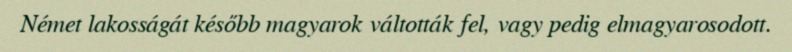
Német lakosságát később magyarok váltották fel, vagy pedig elmagyarosodott.